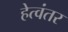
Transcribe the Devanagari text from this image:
हेत्वंतर